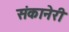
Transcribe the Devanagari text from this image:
संकानेरी